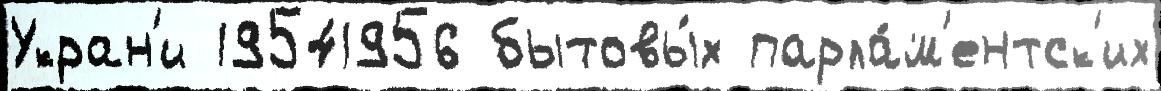
Укран'и 19541956 бытовы́х парла́м'ентск'их